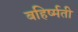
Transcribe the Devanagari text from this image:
बहिर्ष्मती